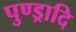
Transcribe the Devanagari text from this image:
पुण्ड्रादि